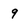
Character: 9